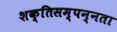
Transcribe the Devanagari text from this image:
शक्तिसम्पन्नता